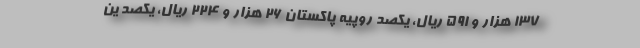
۱۳۷ هزار و ۵۹۱ ریال، یکصد روپیه پاکستان ۲۶ هزار و ۲۲۴ ریال، یکصد ین